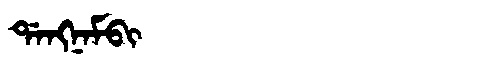
Manchu: ᡩᠠᠩᠨᠠᠮᠪᡳ
Romanization: DANGNAMBI